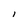
Character: l